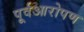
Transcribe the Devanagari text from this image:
पूर्वआरोपण